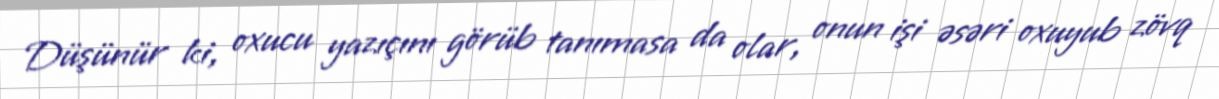
Düşünür ki, oxucu yazıçını görüb tanımasa da olar, onun işi əsəri oxuyub zövq